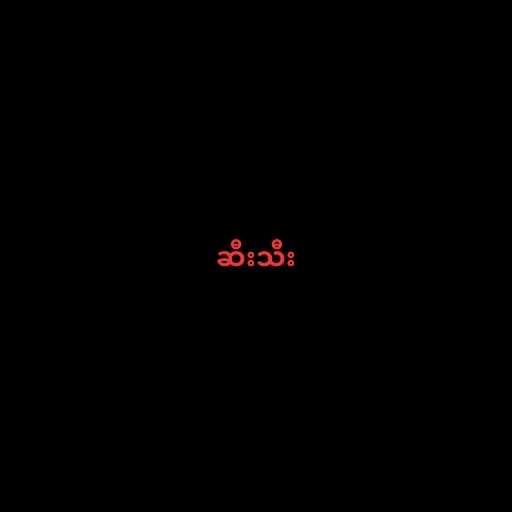
ဆီးသီး